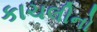
કાચલીનો